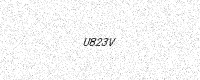
Text: U823V